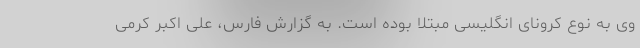
وی به نوع کرونای انگلیسی مبتلا بوده است. به گزارش فارس، علی اکبر کرمی